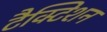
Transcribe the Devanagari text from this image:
टैक्टिशन